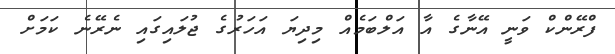
ފްރޭންކް ވަނީ އޭނާގެ އާ އަލްބަމެއް މިދިޔަ އަހަރުގެ ޖުލައިގައި ނެރޭނެ ކަމަށް